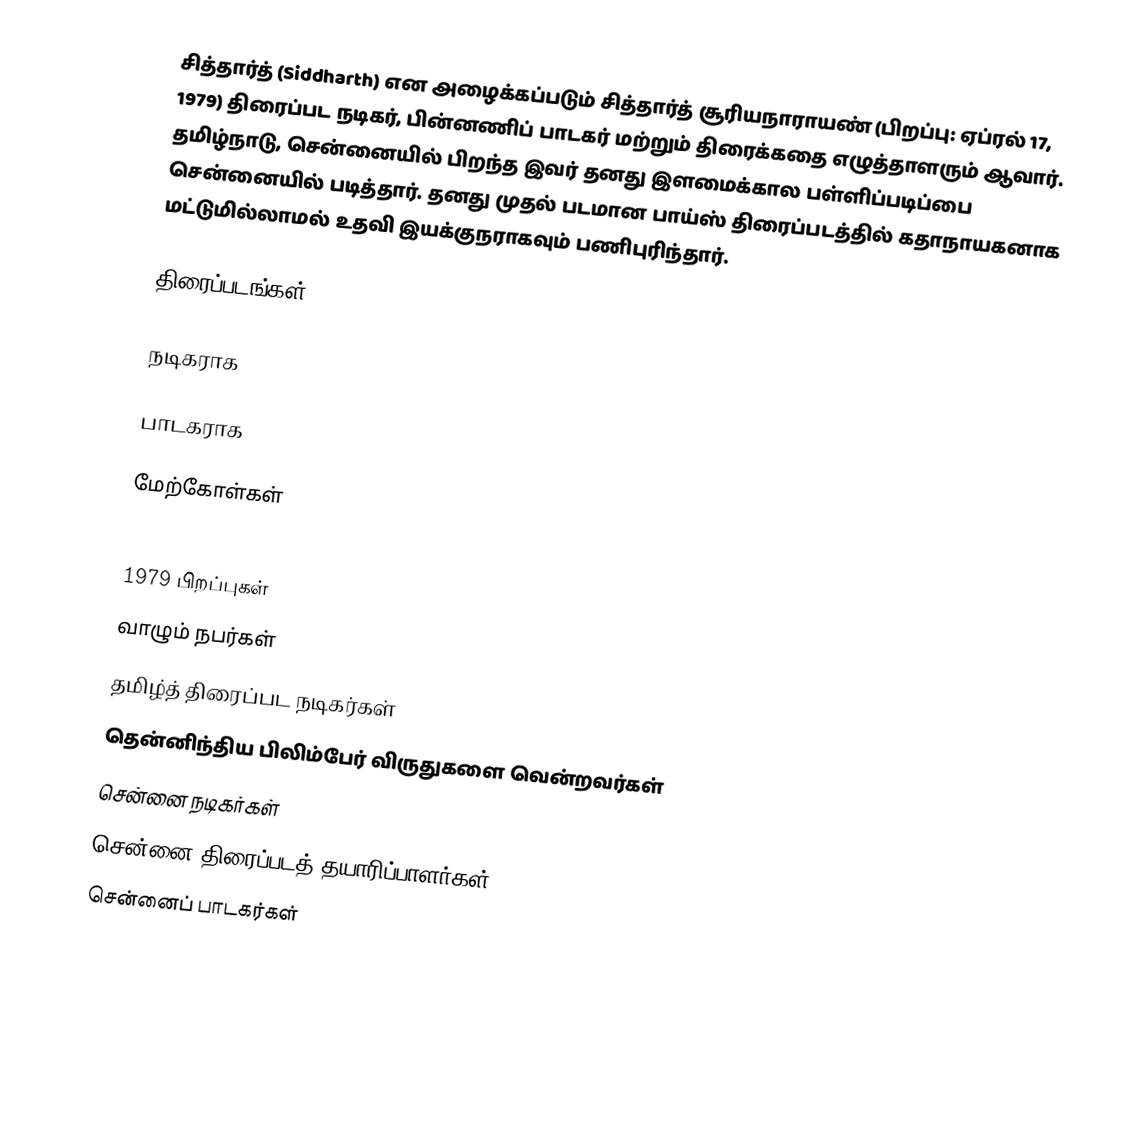
சித்தார்த் (Siddharth) என அழைக்கப்படும் சித்தார்த் சூரியநாராயண் (பிறப்பு: ஏப்ரல் 17, 1979) திரைப்பட நடிகர், பின்னணிப் பாடகர் மற்றும் திரைக்கதை எழுத்தாளரும் ஆவார். தமிழ்நாடு, சென்னையில் பிறந்த இவர் தனது இளமைக்கால பள்ளிப்படிப்பை சென்னையில் படித்தார். தனது முதல் படமான பாய்ஸ் திரைப்படத்தில் கதாநாயகனாக மட்டுமில்லாமல் உதவி இயக்குநராகவும் பணிபுரிந்தார்.

திரைப்படங்கள்

நடிகராக

பாடகராக

மேற்கோள்கள்

1979 பிறப்புகள்
வாழும் நபர்கள்
தமிழ்த் திரைப்பட நடிகர்கள்
தென்னிந்திய பிலிம்பேர் விருதுகளை வென்றவர்கள்
சென்னை நடிகர்கள்
சென்னை திரைப்படத் தயாரிப்பாளர்கள்
சென்னைப் பாடகர்கள்